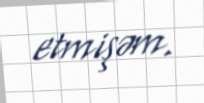
etmişəm.